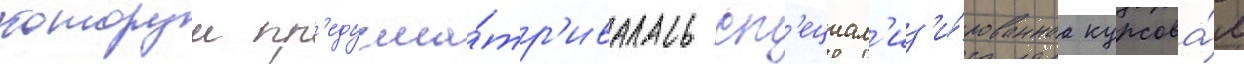
которои пр'едусма́тр'ивалась сп'ециал'из'и́рованнаа курсова́я